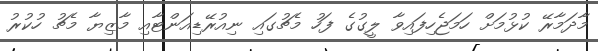
މާދަމާރޭ ކުޅުމަށް ހަމަޖެހިފައިވާ ލީގުގެ ފަހު މެޗުގައި ނިއުރޭޑިއަންޓާއި މާޒިޔާ މެޗު ހުކުރު